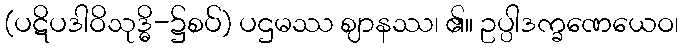
(ပဋိပဒါဝိသုဒ္ဓိ-၌စပ်) ပဌမဿ ဈာနဿ၊ ၏။ ဥပ္ပါဒက္ခဏေယေဝ၊